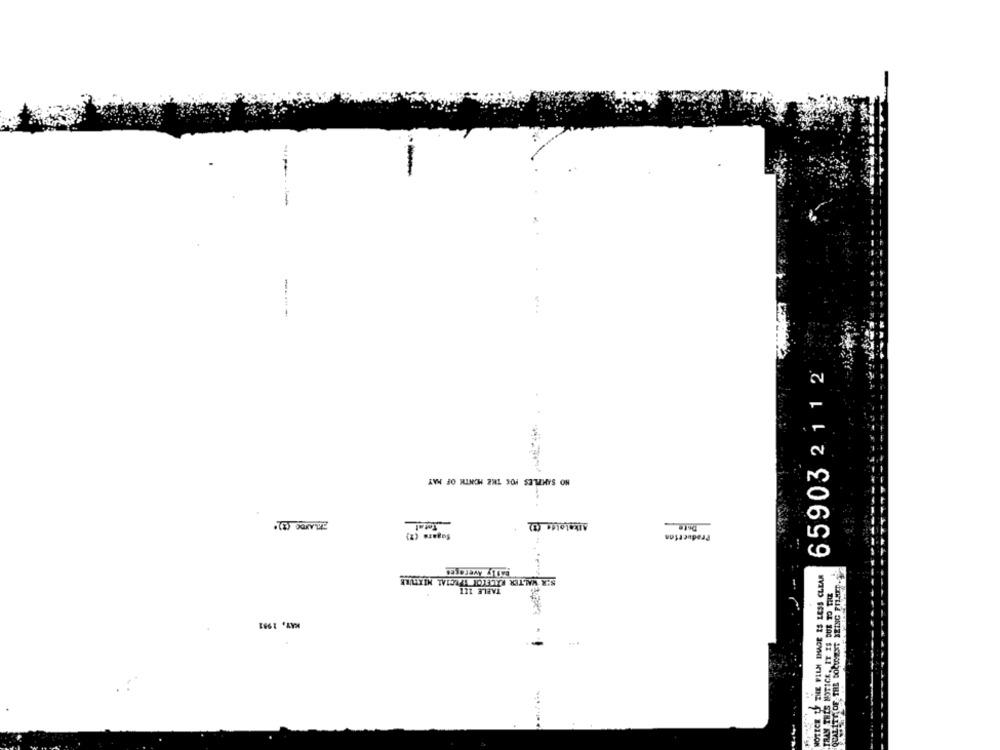
...
65903 211 2
AVN JO WINCH 2NL YO4 SZTEMYS ON
Alkohole (3)
Date
Production
SIR WALTER RALEIGH SPECIAL MIXTURE
NOTECE LI THE FILM IMAGE IS LESS CLEAR
QUALITY OF THE BOUGENT SEING FRAID
TABLE 111
TRAM THIS NOTICE. IT IS DUE TO THE
...